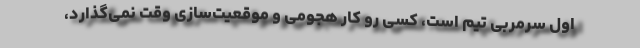
اول سرمربی تیم است، کسی رو کار هجومی و موقعیت‌سازی وقت نمی‌گذارد،